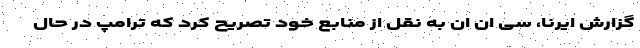
گزارش ایرنا، سی ان ان به نقل از منابع خود تصریح کرد که ترامپ در حال